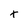
Character: t